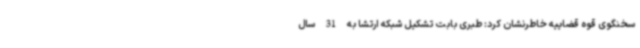
سخنگوی قوه قضاییه خاطرنشان کرد: طبری بابت تشکیل شبکه ارتشا به 31 سال